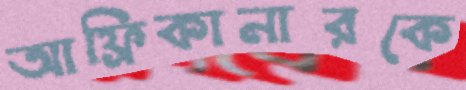
আফ্রিকানারকে